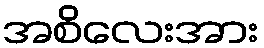
အစိလေးအား